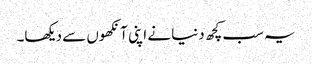
یہ سب کچھ دنیا نے اپنی آنکھوں سے دیکھا۔